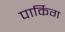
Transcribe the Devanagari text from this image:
पार्किग